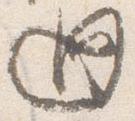
廻